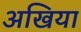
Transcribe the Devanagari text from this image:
अखिया